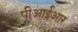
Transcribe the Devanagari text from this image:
पीआईआर